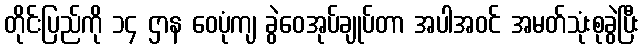
တိုင်းပြည်ကို ၁၄ ဌာန ဝေပုံကျ ခွဲဝေအုပ်ချုပ်တာ အပါအဝင် အမတ်သုံးစုခွဲပြီး